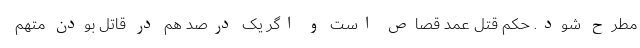
مطرح شود. حکم قتل عمد قصاص است و اگر یک درصد هم در قاتل بودن متهم